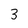
Character: 3